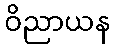
ဝိညာယန